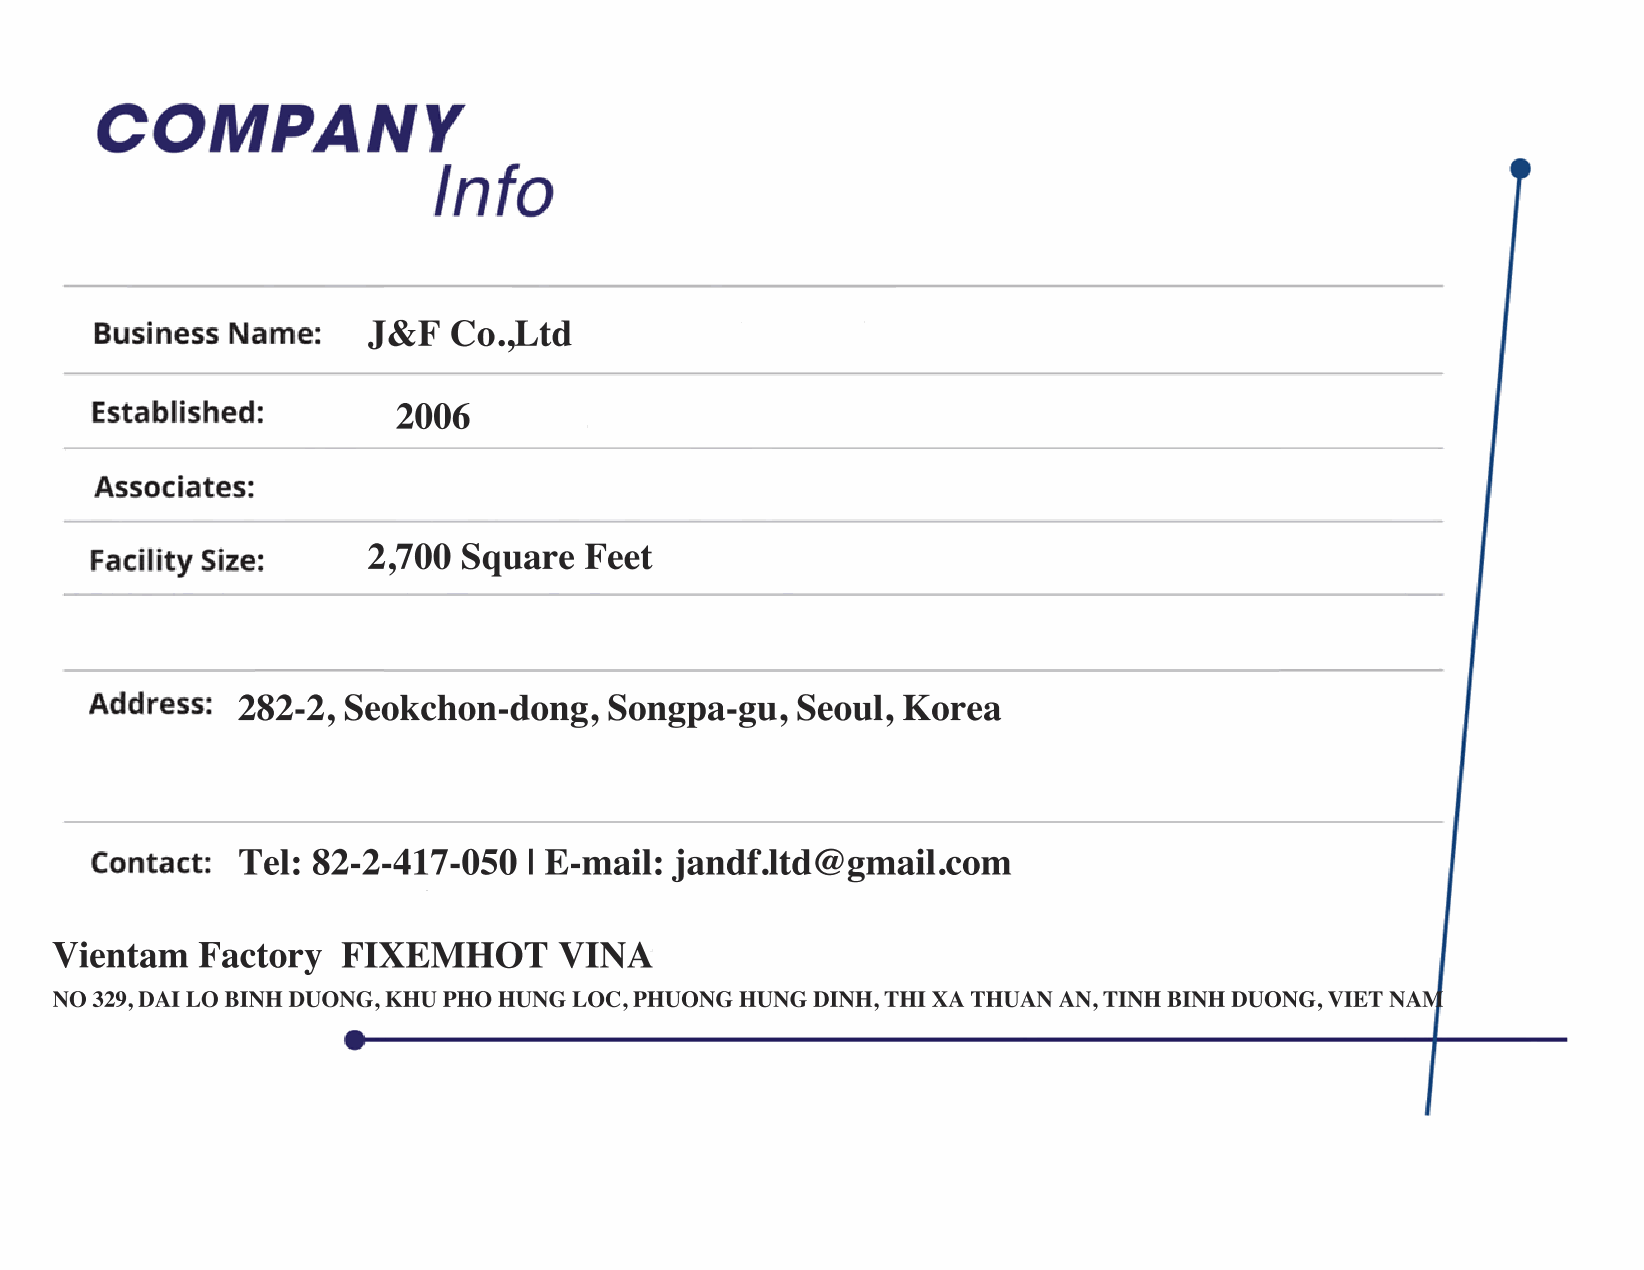
J&F   Co.,Ltd
 2006
 2,700  Square  Feet
 282-2, Seokchon-dong,   Songpa-gu,   Seoul, Korea
 Tel: 82-2-417-050  | E-mail: jandf.ltd@gmail.com
 Vientam   Factory   FIXEMHOT      VINA
 NO 329, DAI LO BINH DUONG, KHU PHO HUNG LOC, PHUONG HUNG DINH, THI XA THUAN AN, TINH BINH DUONG, VIET NAM